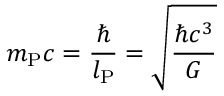
m _ { \mathrm { P } } c = { \frac { \hbar } { l _ { \mathrm { P } } } } = { \sqrt { \frac { \hbar c ^ { 3 } } { G } } }